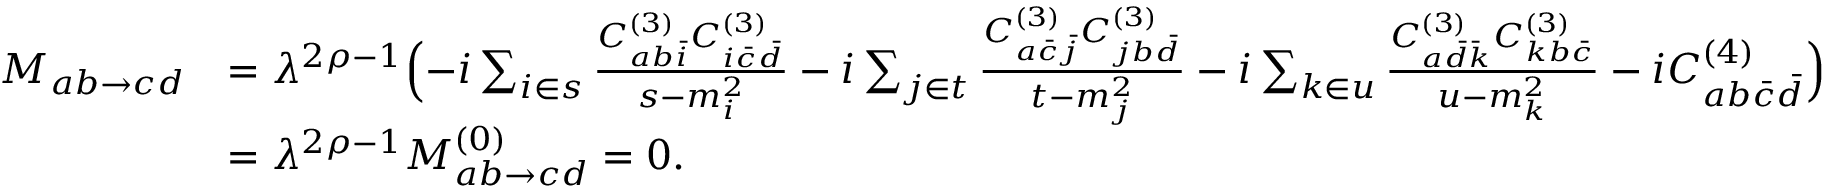
\begin{array} { r l } { M _ { a b \to c d } } & { = \lambda ^ { 2 \rho - 1 } \Bigl ( - i \sum _ { i \in s } \frac { C _ { a b \bar { i } } ^ { ( 3 ) } C _ { i \bar { c } \bar { d } } ^ { ( 3 ) } } { s - m _ { i } ^ { 2 } } - i \sum _ { j \in t } \frac { C _ { a \bar { c } \bar { j } } ^ { ( 3 ) } C _ { j b \bar { d } } ^ { ( 3 ) } } { t - m _ { j } ^ { 2 } } - i \sum _ { k \in u } \frac { C _ { a \bar { d } \bar { k } } ^ { ( 3 ) } C _ { k b \bar { c } } ^ { ( 3 ) } } { u - m _ { k } ^ { 2 } } - i C _ { a b \bar { c } \bar { d } } ^ { ( 4 ) } \Bigl ) } \\ & { = \lambda ^ { 2 \rho - 1 } M _ { a b \to c d } ^ { ( 0 ) } = 0 . } \end{array}